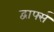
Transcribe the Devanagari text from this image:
द्वार्फ्स